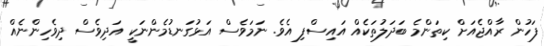
ފަހުން ރާއްޖެއަށް ކިތަންމެ ބަދަލުތަކެއް އައިސްފި އެވެ. ނަމަވެސް އަޅުގަނޑުމެންނަކީ އަދިވެސް ދިވެހިންނެއް